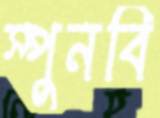
স্পুনবি